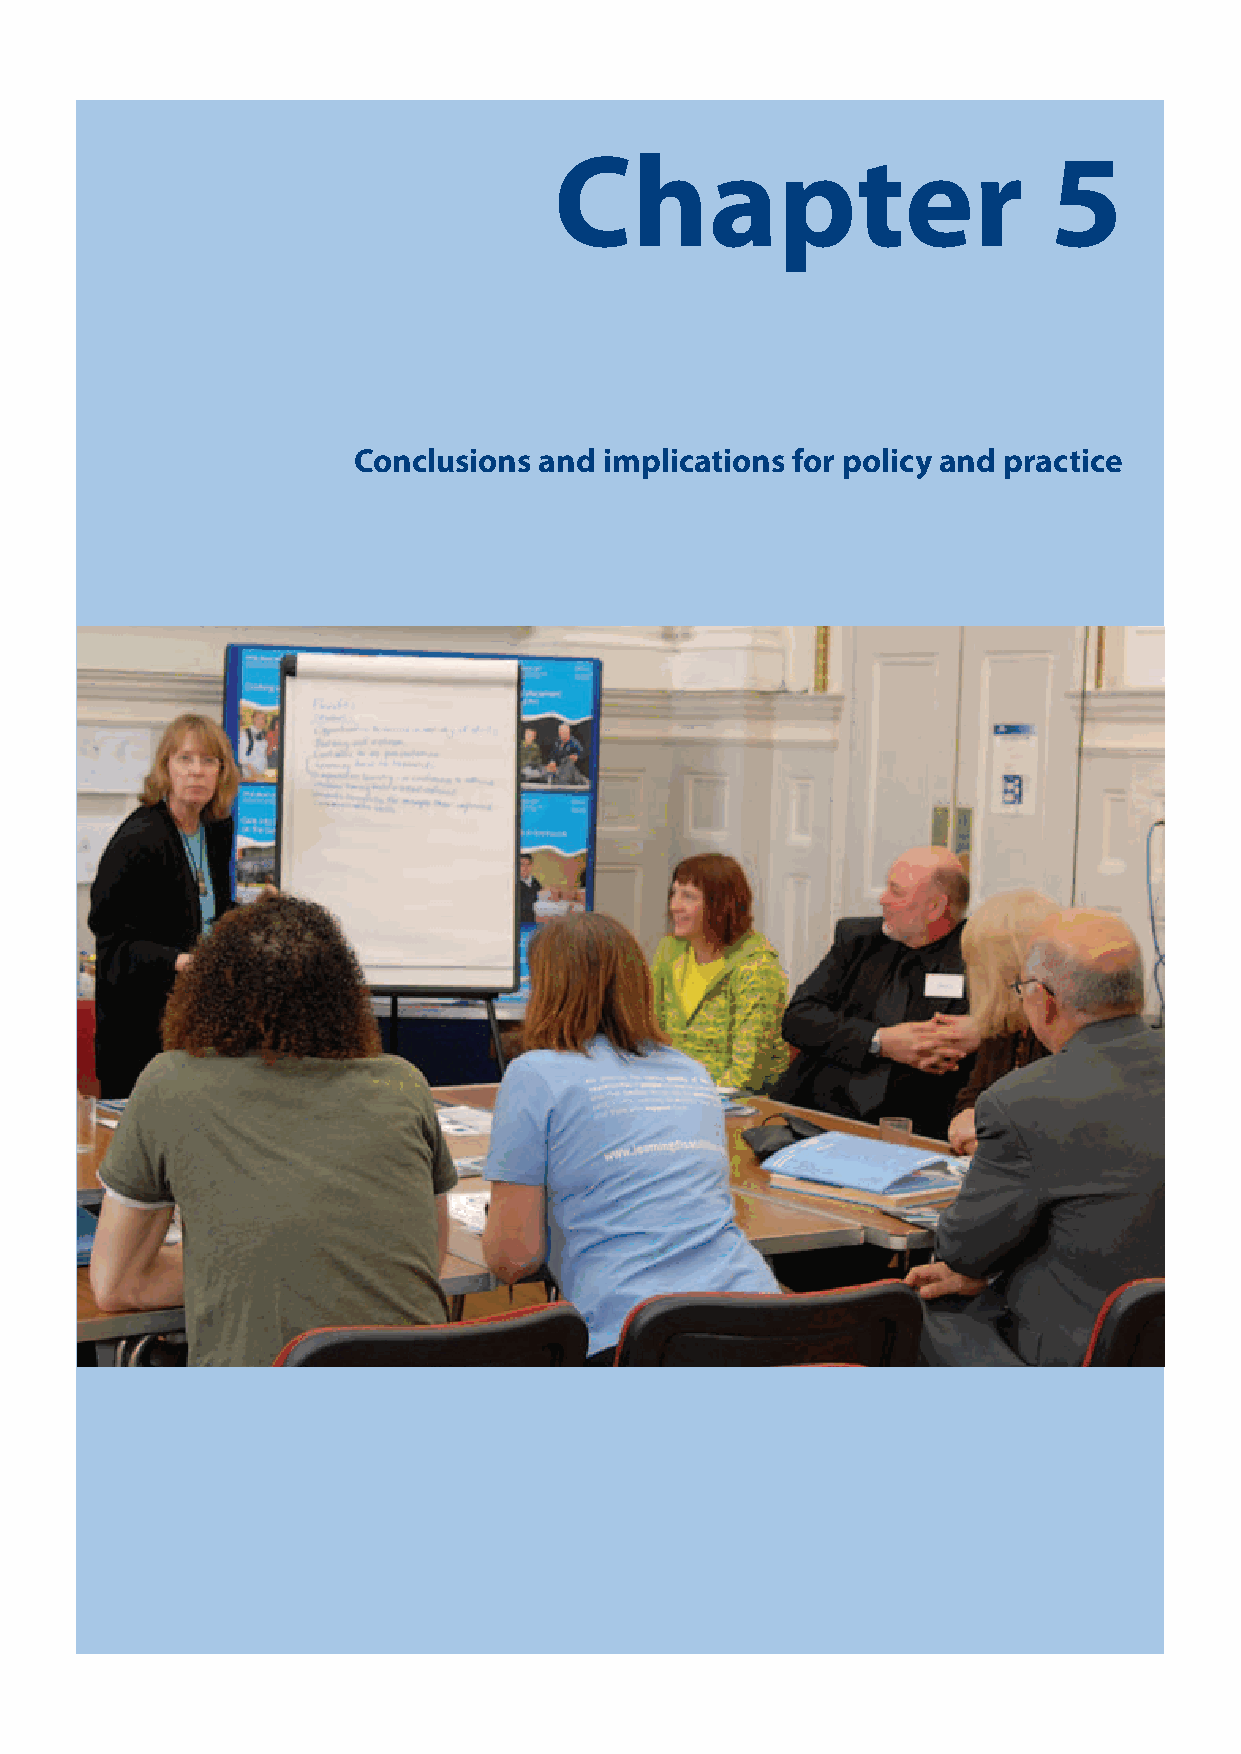
Chapter                         5
 Conclusions  and implications for policy and practice
 What About Us?